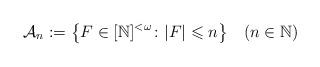
LaTeX: \begin{align*} \mathcal{A}_n := \big\{F\in[\mathbb{N}]^{<\omega} \colon |F|\leqslant n\big\} \quad(n\in \mathbb N)\end{align*}